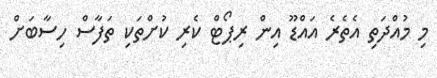
މި މުއްދަތި އެތެރެ އައްޑޫ އިން ރިޕޯޓް ކެރި ކުށްތަކި ތަފާސް ހިސާބަށް